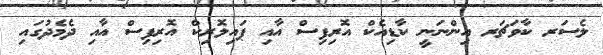
ލެސަރ ކާވަޗަރ އިންނަނީ ކާޑިއެކް އޮރިފިސް އާއި ޕައިލޮރިކް އޮރިފިސް އާއި ދެމެދުގައި